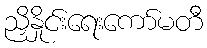
ညှိနှိုင်းရေးကော်မတီ